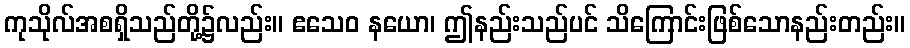
ကုသိုလ်အစရှိသည်တို့၌လည်း။ ဧသေဝ နယော၊ ဤနည်းသည်ပင် သိကြောင်းဖြစ်သောနည်းတည်း။